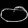
Digit: ၀